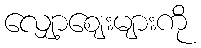
လျှော့ဈေးများကို